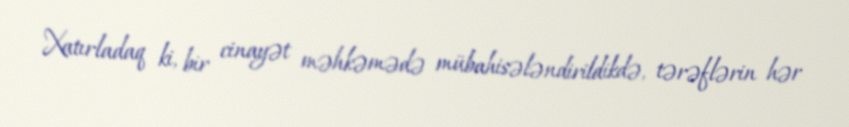
Xatırladaq ki, bir cinayət məhkəmədə mübahisələndirildikdə, tərəflərin hər